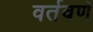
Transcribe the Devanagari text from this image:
वर्तवणे